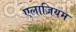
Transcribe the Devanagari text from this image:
एलाज़ियम